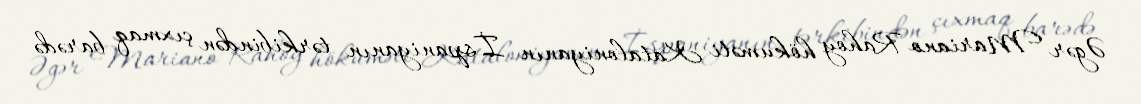
Əgər Mariano Rahoy hökuməti Kataloniyanın İspaniyanın tərkibindən çıxmaq barədə